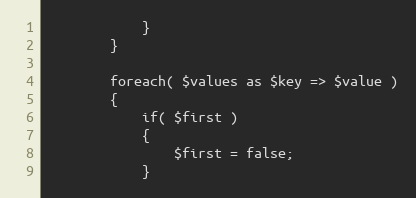
Language: PHP
			}
		}

		foreach( $values as $key => $value )
		{
			if( $first )
			{
				$first = false;
			}